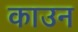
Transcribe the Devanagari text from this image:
काउन